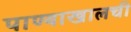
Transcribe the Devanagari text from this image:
पाण्याखालची